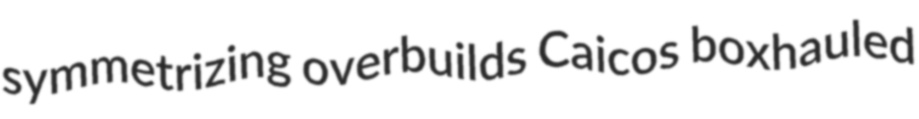
symmetrizing overbuilds Caicos boxhauled